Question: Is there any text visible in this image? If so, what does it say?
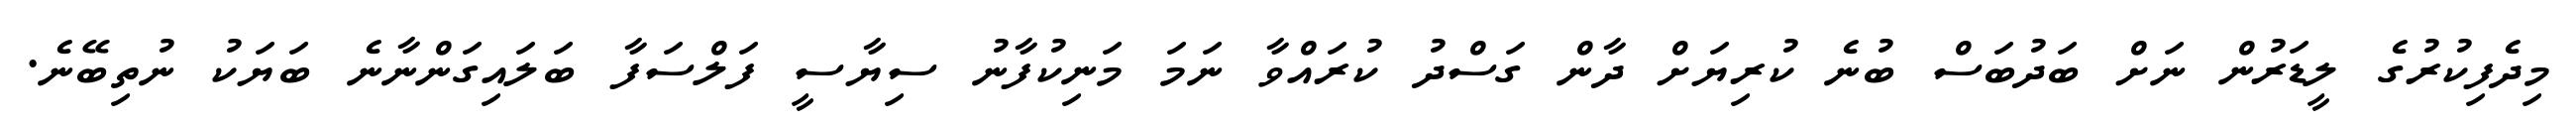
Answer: މިދެފިކުރުގެ ލީޑަރުން ނަށް ބަދުބަސް ބުނެ ކުރިޔަށް ދާން ގަސްދު ކުރައްވާ ނަމަ މަނިކުފާނު ސިޔާސީ ފަލްސަފާ ބަލައިގަންނާނެ ބަޔަކު ނުތިބޭނެ.